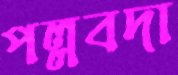
পল্লবদা